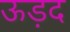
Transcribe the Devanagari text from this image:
ऊड़द